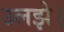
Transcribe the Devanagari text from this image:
उलझे।